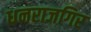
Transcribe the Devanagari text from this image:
धनराजगिर